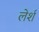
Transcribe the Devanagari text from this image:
लेर्श